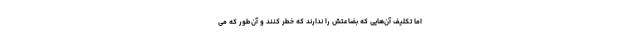
اما تکلیف آن‌هایی که بضاعتش را ندارند که خطر کنند و آن‌طور که می‌